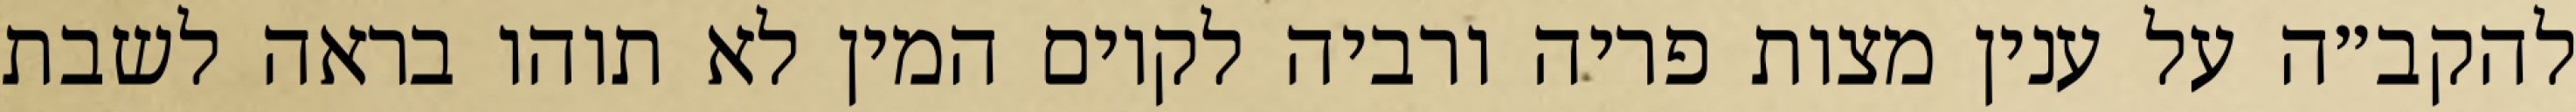
להקב״ה על ענין מצות פריה ורביה לקיום המין לא תוהו בראה לשבת